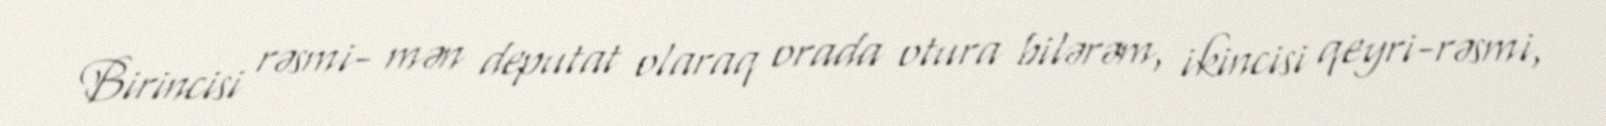
Birincisi rəsmi- mən deputat olaraq orada otura bilərəm, ikincisi qeyri-rəsmi,